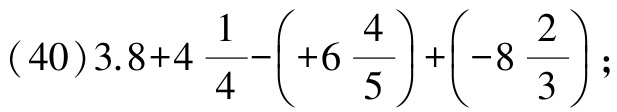
\((40)3.8 + 4\frac{1}{4}-\left(+6\frac{4}{5}\right)+\left(-8\frac{2}{3}\right);\)